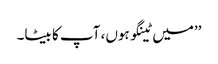
’’میں ٹینگو ہوں، آپ کا بیٹا۔